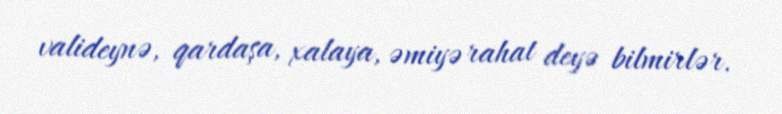
valideynə, qardaşa, xalaya, əmiyə rahat deyə bilmirlər.